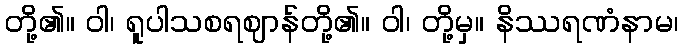
တို့၏။ ဝါ၊ ရူပါသစရဈာန်တို့၏။ ဝါ၊ တို့မှ။ နိဿရဏံနာမ၊